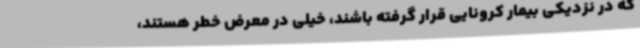
که در نزدیکی بیمار کرونایی قرار گرفته باشند، خیلی در معرض خطر هستند،